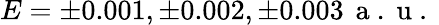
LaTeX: E=\pm 0.001,\pm 0.002,\pm 0.003\, \mathrm{~a~.~u~.~}